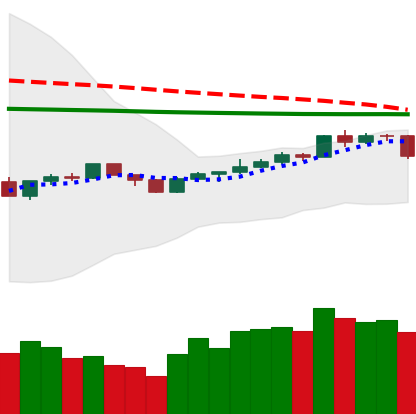
Ticker: BNB-USD
Chart end date: 2020-04-10
Forward return: 6.233%
Label: up_5_7